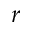
r